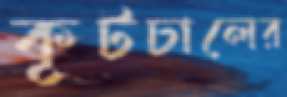
কূটচালের